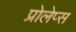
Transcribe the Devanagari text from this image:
प्रोलेप्स